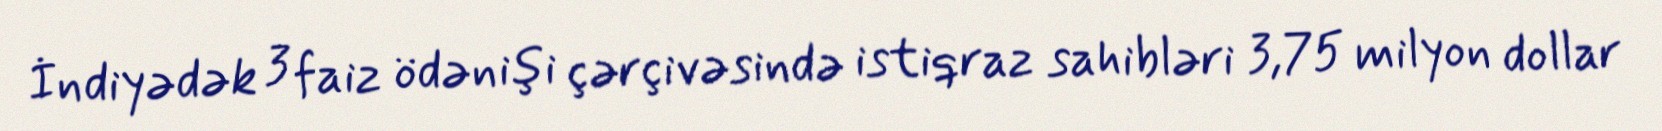
İndiyədək 3 faiz ödənişi çərçivəsində istiqraz sahibləri 3,75 milyon dollar